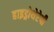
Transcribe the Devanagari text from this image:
हाइड्रोथेरेपी